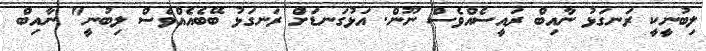
ލިބުނީކީ ރަނގަޅު ނާއިބް ރައީސެއްވެސް ނޫން. އަޅުގަނޑަށް ރަނގަޅު ބޭބެއެއްވެސް ލިބުނީ" ނާއިބް